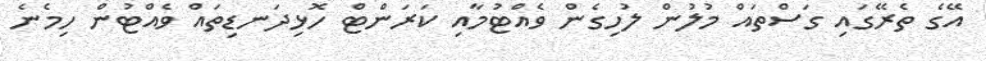
އޭގެ ތެރޭގައި ގަސްތައް މުލުން ލުހިގެން ވެއްޓުމާއި ކަރަންޓް ހޮޅިދަނޑިތައް ވެއްޓުން ހިމެނެ